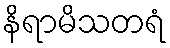
နိရာမိသတရံ